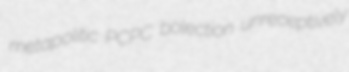
metapolitic PCPC bolection unreceptively